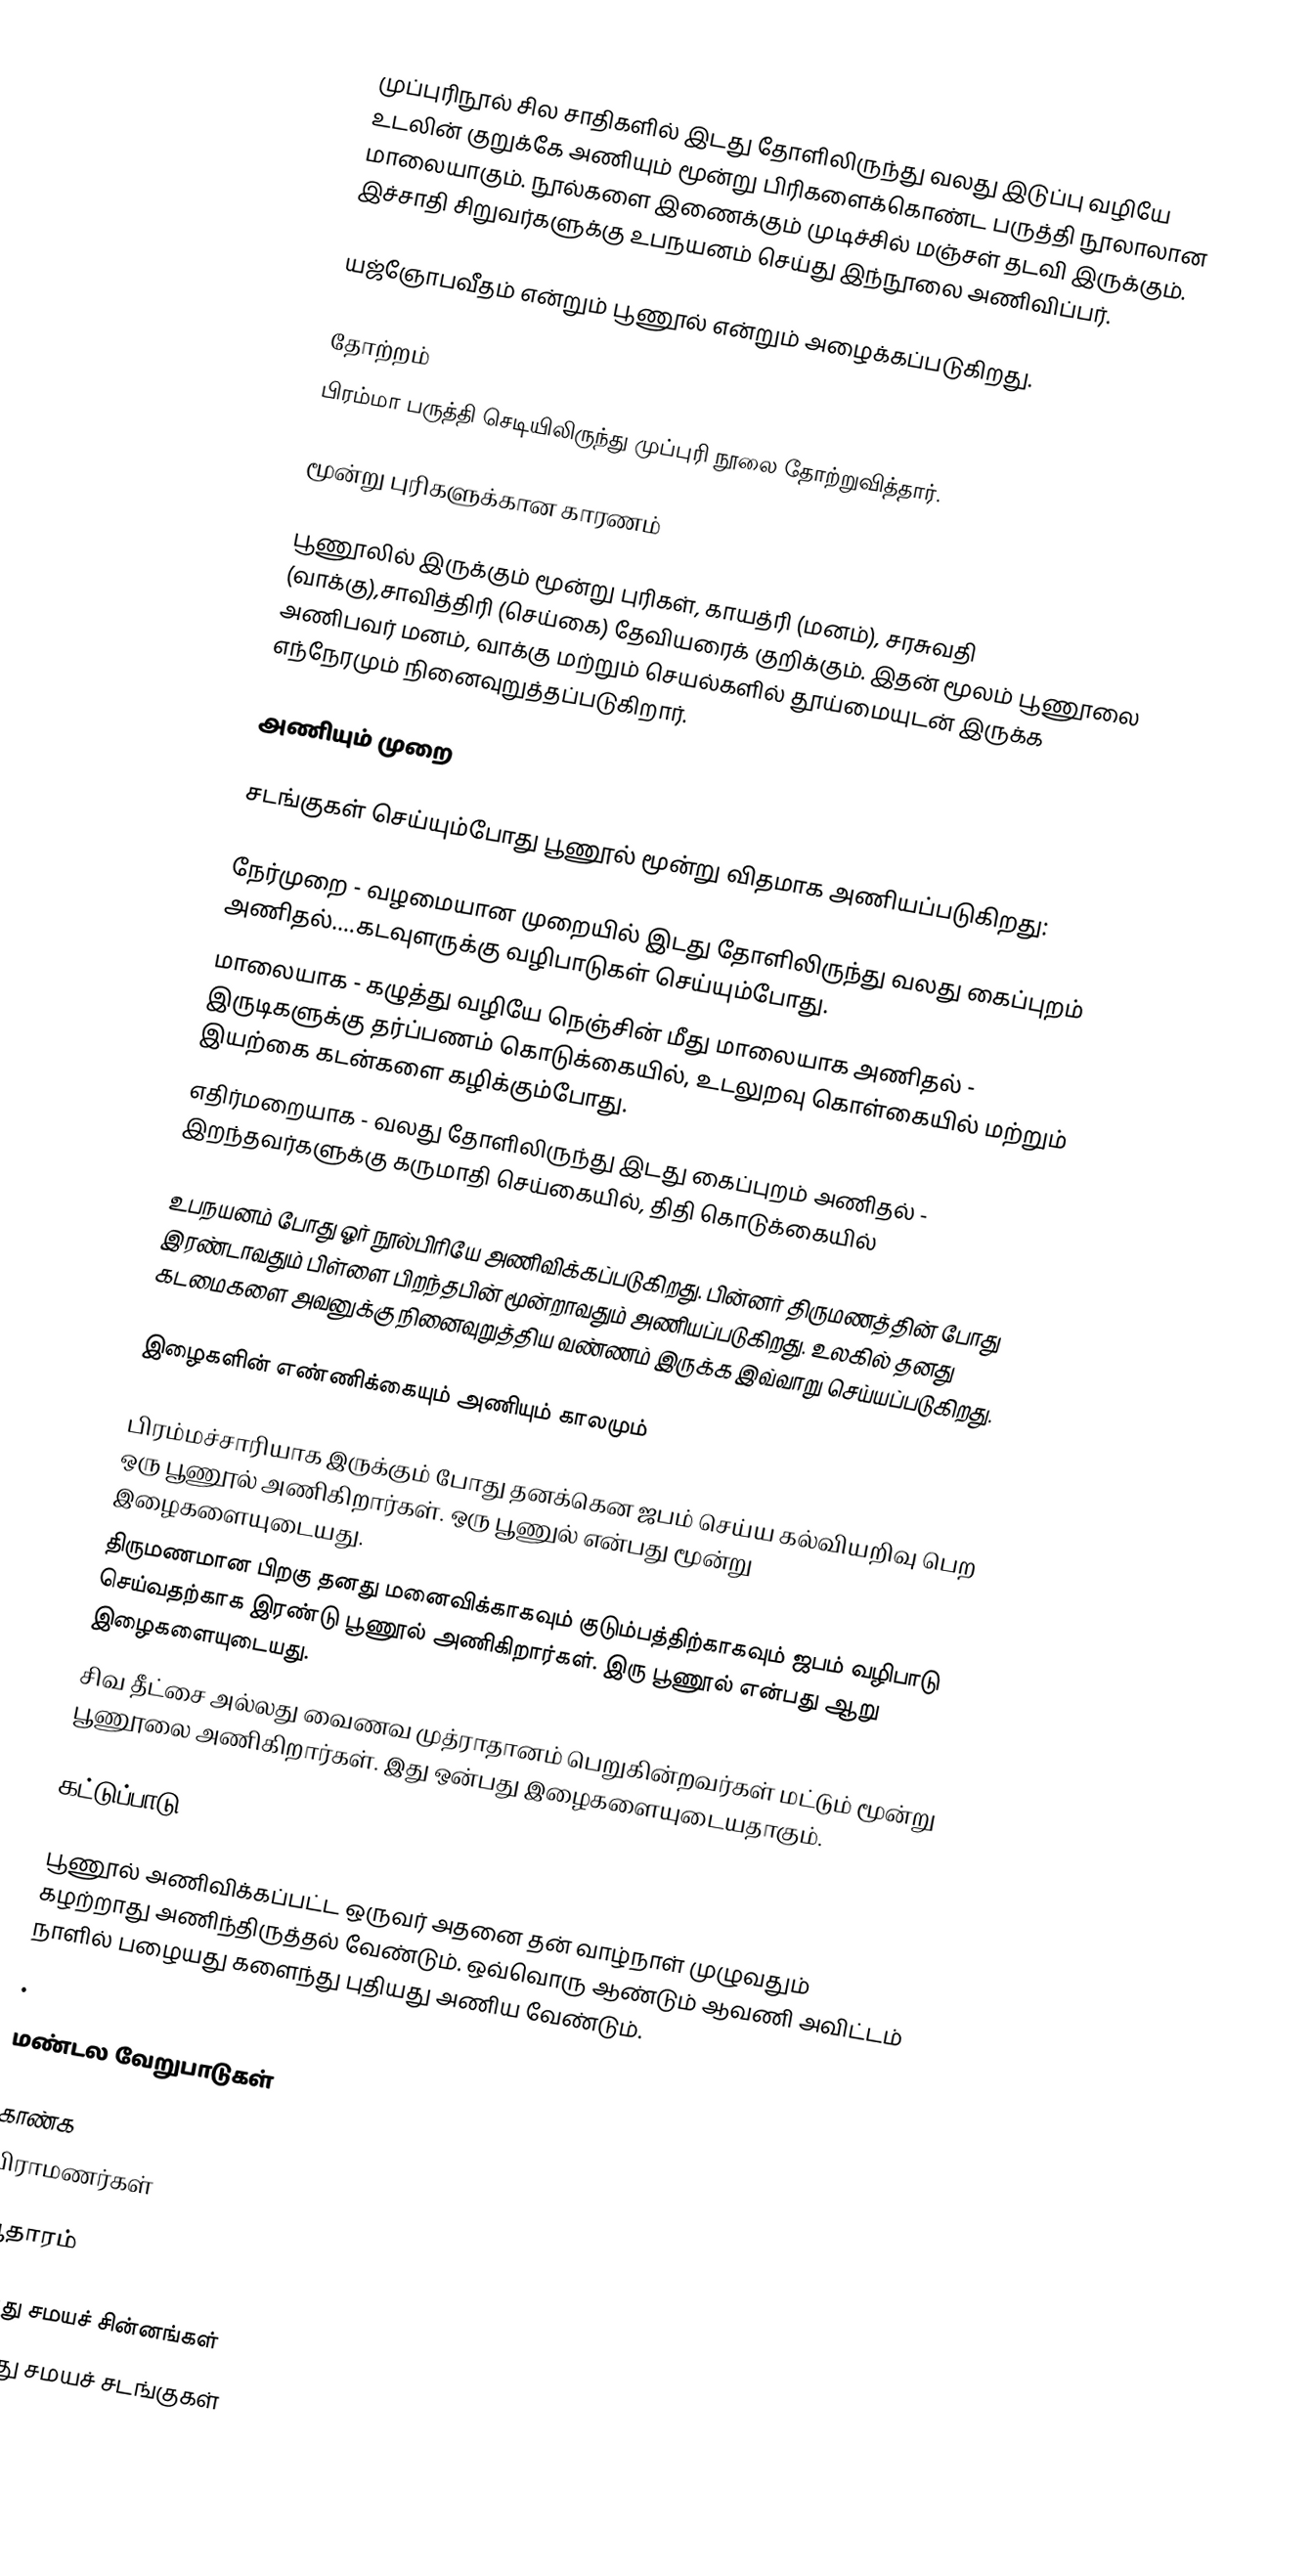
முப்புரிநூல் சில சாதிகளில் இடது தோளிலிருந்து வலது இடுப்பு வழியே உடலின் குறுக்கே அணியும் மூன்று பிரிகளைக்கொண்ட பருத்தி நூலாலான மாலையாகும். நூல்களை இணைக்கும் முடிச்சில் மஞ்சள் தடவி இருக்கும். இச்சாதி சிறுவர்களுக்கு உபநயனம் செய்து இந்நூலை அணிவிப்பர்.

யஜ்ஞோபவீதம் என்றும் பூணூல் என்றும் அழைக்கப்படுகிறது.

தோற்றம்
பிரம்மா பருத்தி செடியிலிருந்து முப்புரி நூலை தோற்றுவித்தார்.

மூன்று புரிகளுக்கான காரணம்

பூணூலில் இருக்கும் மூன்று புரிகள், காயத்ரி (மனம்), சரசுவதி (வாக்கு),சாவித்திரி (செய்கை) தேவியரைக் குறிக்கும். இதன் மூலம் பூணூலை அணிபவர் மனம், வாக்கு மற்றும் செயல்களில் தூய்மையுடன் இருக்க எந்நேரமும் நினைவுறுத்தப்படுகிறார்.

அணியும் முறை

சடங்குகள் செய்யும்போது பூணூல் மூன்று விதமாக அணியப்படுகிறது:

 நேர்முறை - வழமையான முறையில் இடது தோளிலிருந்து வலது கைப்புறம் அணிதல்....கடவுளருக்கு வழிபாடுகள் செய்யும்போது.
 மாலையாக - கழுத்து வழியே நெஞ்சின் மீது மாலையாக அணிதல் - இருடிகளுக்கு தர்ப்பணம் கொடுக்கையில், உடலுறவு கொள்கையில் மற்றும் இயற்கை கடன்களை கழிக்கும்போது.
எதிர்மறையாக - வலது தோளிலிருந்து இடது கைப்புறம் அணிதல் - இறந்தவர்களுக்கு கருமாதி செய்கையில், திதி கொடுக்கையில்

உபநயனம் போது ஓர் நூல்பிரியே அணிவிக்கப்படுகிறது. பின்னர் திருமணத்தின் போது இரண்டாவதும் பிள்ளை பிறந்தபின் மூன்றாவதும் அணியப்படுகிறது.  உலகில் தனது கடமைகளை அவனுக்கு நினைவுறுத்திய வண்ணம் இருக்க இவ்வாறு செய்யப்படுகிறது.

இழைகளின் எண்ணிக்கையும் அணியும் காலமும்

 பிரம்மச்சாரியாக இருக்கும் போது தனக்கென ஜபம் செய்ய கல்வியறிவு பெற ஒரு பூணூல் அணிகிறார்கள். ஒரு பூணுல் என்பது மூன்று இழைகளையுடையது.
 திருமணமான பிறகு தனது மனைவிக்காகவும் குடும்பத்திற்காகவும் ஜபம் வழிபாடு செய்வதற்காக இரண்டு பூணூல் அணிகிறார்கள். இரு பூணூல் என்பது ஆறு இழைகளையுடையது.
 சிவ தீட்சை அல்லது வைணவ முத்ராதானம் பெறுகின்றவர்கள் மட்டும் மூன்று பூணூலை அணிகிறார்கள். இது ஒன்பது இழைகளையுடையதாகும்.

கட்டுப்பாடு

பூணூல் அணிவிக்கப்பட்ட ஒருவர் அதனை தன் வாழ்நாள் முழுவதும் கழற்றாது அணிந்திருத்தல் வேண்டும். ஒவ்வொரு ஆண்டும் ஆவணி அவிட்டம் நாளில் பழையது களைந்து புதியது அணிய வேண்டும்.
.

மண்டல வேறுபாடுகள்

காண்க
பிராமணர்கள்

ஆதாரம்

இந்து சமயச் சின்னங்கள்
இந்து சமயச் சடங்குகள்